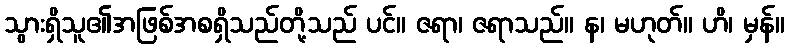
သွားရှိသူ၏အဖြစ်အစရှိသည်တို့သည် ပင်။ ဇရာ၊ ဇရာသည်။ န၊ မဟုတ်။ ဟိ၊ မှန်။